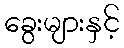
ခွေးများနှင့်